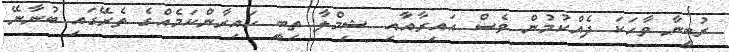
ރުބީނާ ވާހަކަ ދެއްކުމުން ވެސް އައިރާއާއި ޝިމްލާ ތިބީ ހައިރާންކަމެއްގެ ތެރޭގައި ބުނާނޭ